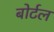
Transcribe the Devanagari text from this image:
बोर्टल